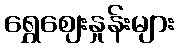
ရွှေဈေးနှုန်းများ